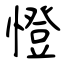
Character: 憕